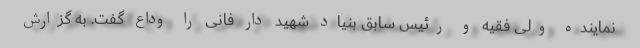
نماینده ولی فقیه و رئیس سابق بنیاد شهید دار فانی را وداع گفت. به گزارش